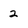
Character: 2